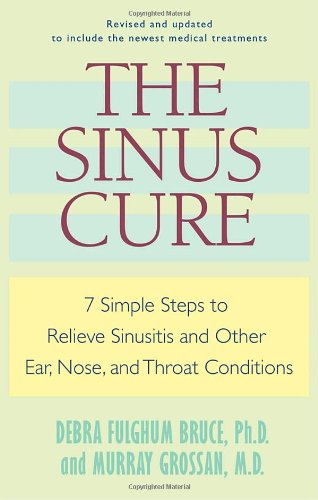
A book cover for The Sinus Cure: 7 Simple Steps to Relieve Sinusitis and Other Ear, Nose, and Throat Conditions; Debra Fulghum Bruce; Health, Fitness & Dieting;